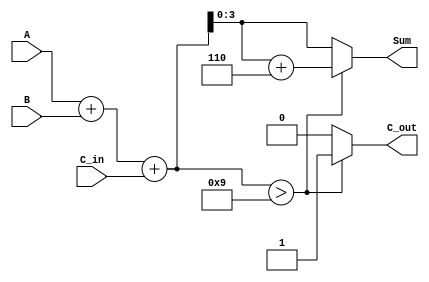
module BCD_Parallel_Adder (
    input  wire [3:0] A,      // BCD digit input A
    input  wire [3:0] B,      // BCD digit input B
    input  wire C_in,         // Carry input
    output reg  [3:0] Sum,    // BCD output sum
    output reg  C_out         // Carry output
);

    wire [4:0] S;             // 5-bit sum for A + B + C_in
    wire [4:0] corrected_S;   // Corrected sum if needed

    // Step 1: Binary Addition
    assign S = A + B + C_in;

    // Step 2: BCD Correction Logic
    always @(*) begin
        if (S > 5'd9) begin
            // If S is greater than 9 (1001 in binary), perform correction
            Sum = S + 5'd6;  // Add 6 to correct the result
            C_out = 1'b1;    // Set carry out to 1
        end else begin
            // If S is valid BCD (0 to 9)
            Sum = S[3:0];    // Directly assign the lower 4 bits
            C_out = 1'b0;    // No carry out
        end
    end

endmodule